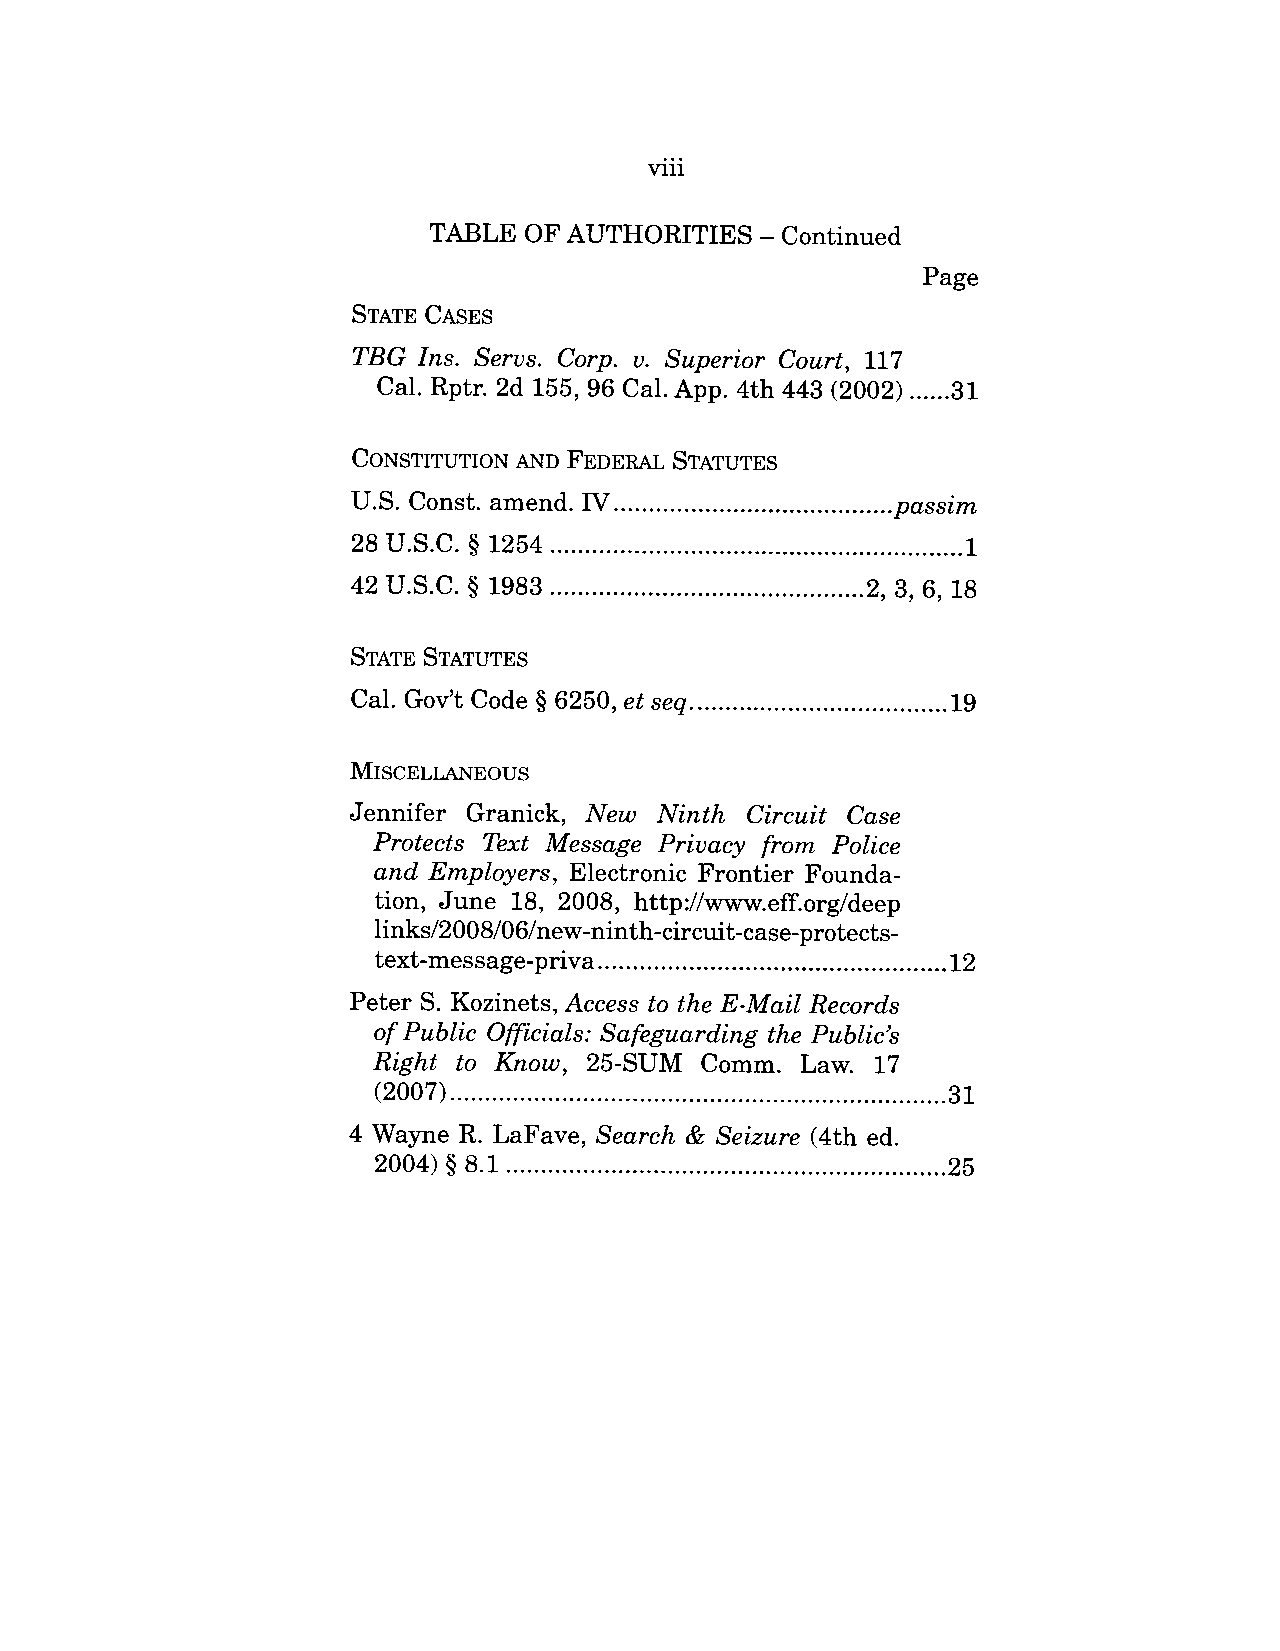
ooo
 Vlll
 TABLE  OF AUTHORITIES   - Continued
 Page
 STATE CASES
 TBG  Ins. Servs. Corp. v. Superior Court, 117
 Cal. Rptr. 2d 155, 96 Cal. App. 4th 443 (2002) ....3..1
 CONSTITUTION AND FEDERAL STATUTES
 U.S. Const. amend. IV .......................................p. assim
 28 U.S.C. § 1254 ...........................................................1
 42 U.S.C. § 1983 .............................................2, 3, 6, 18
 STATE STATUTES
 Cal. Gov’t Code § 6250, et seq .....................................19
 MISCELLANEOUS
 Jennifer Granick, New Ninth Circuit Case
 Protects Text Message Privacy from Police
 and Employers, Electronic Frontier Founda-
 tion, June 18, 2008, http://www.eff.org/deep
 links/2008/06/new-ninth-circuit-case-protects-
 text-message-priva ................................................1..2
 Peter S. Kozinets, Access to the E-Mail Records
 of Public Officials: Safeguarding the Public’s
 Right to Know, 25-SUM Comm. Law. 17
 (2007) .......................................................................31
 4 Wayne R. LaFave, Search & Seizure (4th ed.
 2004) § 8.1 ...............................................................25